Senior Leaving Certificate, 1941, 1941
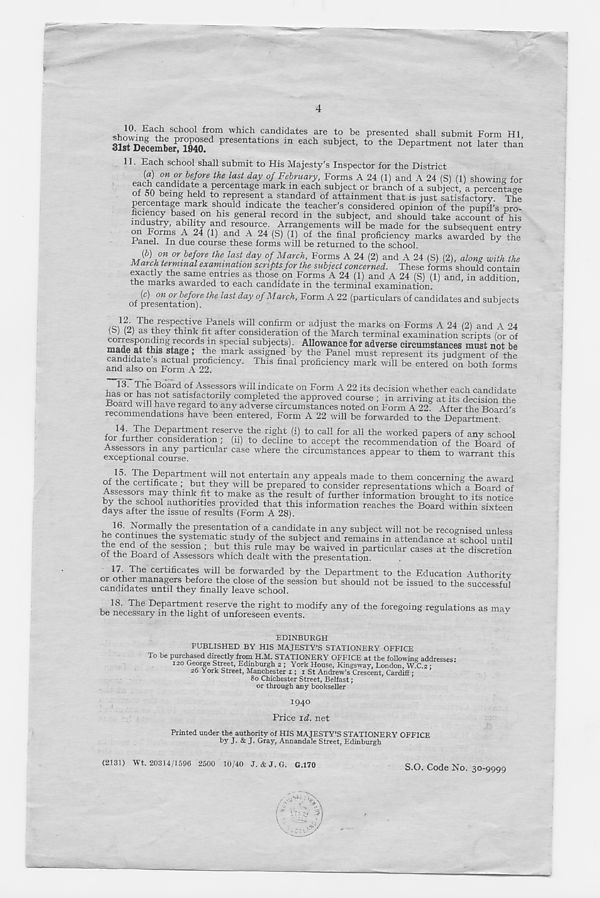
4
10. Each school from which candidates are to be presented shall submit Form HI
SlstDelembermO P resentations in each subject, to the Department not later than
11. Each school shall submit to His Majesty’s Inspector for the District
{a) on or before the last day of February, Forms A 24 (1) and A 24 (S) (1) showino- for
each candidate a pcrcent^e mark in each subject or branch of a subject, a percentage
of 50 being held to represent a standard of attainment that is just satisfactory. The
percentage mark should indicate the teacher’s considered opinion of the pupil’s pro-
ficiency based on his general record in the subject, and should take account of his
industry, ability and resource. Arrangements will be made for the subsequent entry
on Forms A 24 (1) and A 24 (S) (1) of the final proficiency marks awarded by the
JAmel. In due course these forms will be returned to the school.
(b) on or before the last day of March, Forms A 24 (2) and A 24 (S) (2), along with the
March terminal examination scripts for the subject concerned. These forms should contain
exactly the same entries as those on Forms A 24 (1) and A 24 (S) (1) and, in addition,
the marks awarded to each candidate in the terminal examination.
of presentation^ ^
^ °f March ’
Form A 22 (particulars of candidates and subjects
/QWO\
rh ®4' es P®^iy e Panels will confirm or adjust the marks on Forms A 24 (2) and A 24
(b) (2) as they think fit after consideration of the March terminal examination scripts (or of
spec i al sub j ects )- Allowance for adverse circumstances must not be
ade at this stage, the maik assigned by the Panel must represent its judgment of the
and^alscfon Form 1 4
ThlS
proficienc y mark wiil be entered on both forms
.l 3 : ^ Board of Assessors will indicate on Form A 22 its decision whether each candidate
as or has not satisfactorily completed the approved course ; in arriving at its decision the
.Board will have regard to any adverse circumstances noted on Form A 22 After the Board’s
recommendations have been entered, Form A 22 will be forwarded to the Department.
t j 4 , T? e Depar * me “ t reserve the right (i) to call for all the worked papers of any school
or further consideration , (11) to decline to accept the recommendation of the Board of
Assessors in any particular case where the circumstances appear to them to warrant this
exceptional course.
Ulli>
r h?' Th e Department will not entertain any appeals made to them concerning the award
tne certificate ; but they will be prepared to consider representations which a Board of
ssessors may think fit to make as the result of further information brought to. its notice
y the school authorities provided that this information reaches the Board within sixteen
days after the issue of results (Form A 28).
sixteen
16. Normally the presentation of a candidate in any subject will not be recognised unless
he continues the systematic study of the subject and remains in attendance at school until
rtif n v? °f ^h e - s ® sslon ' but thls rul e may be waived in particular cases at the discretion
of the Board of Assessors which dealt with the presentation.
!7 The certificates will be forwarded by the Department to the Education Authority
or other managers before the close of the session but should not be issued to the successful
candidates until they finally leave school.
18. The Department reserve the right to modify any of the foregoing regulations as may
be necessary m the light of unforeseen events.
EDINBURGH
PUBLISHED BY HIS MAJESTY’S STATIONERY OFFICE
To be purchased directly from H.M. STATIONERY OFFICE at the following addresses:
iso George Street, Edinburgh 2 ; York House, Kingsway, London, W.C.2 :
26 York Street, Manchester 1; 1 St Andrew’s Crescent, Cardiff •
80 Chichester Street, Belfast;
or through any bookseller
,
I 94°
Price id. net
Printed under the authority of HIS MAJESTY’S STATIONERY OFFICE
by J. & J. Gray, Annandale Street, Edinburgh
(2131) Wt. 20314/1596 2500 10/40 J. & J. G. G.170
S.O. Code No. 30-9999